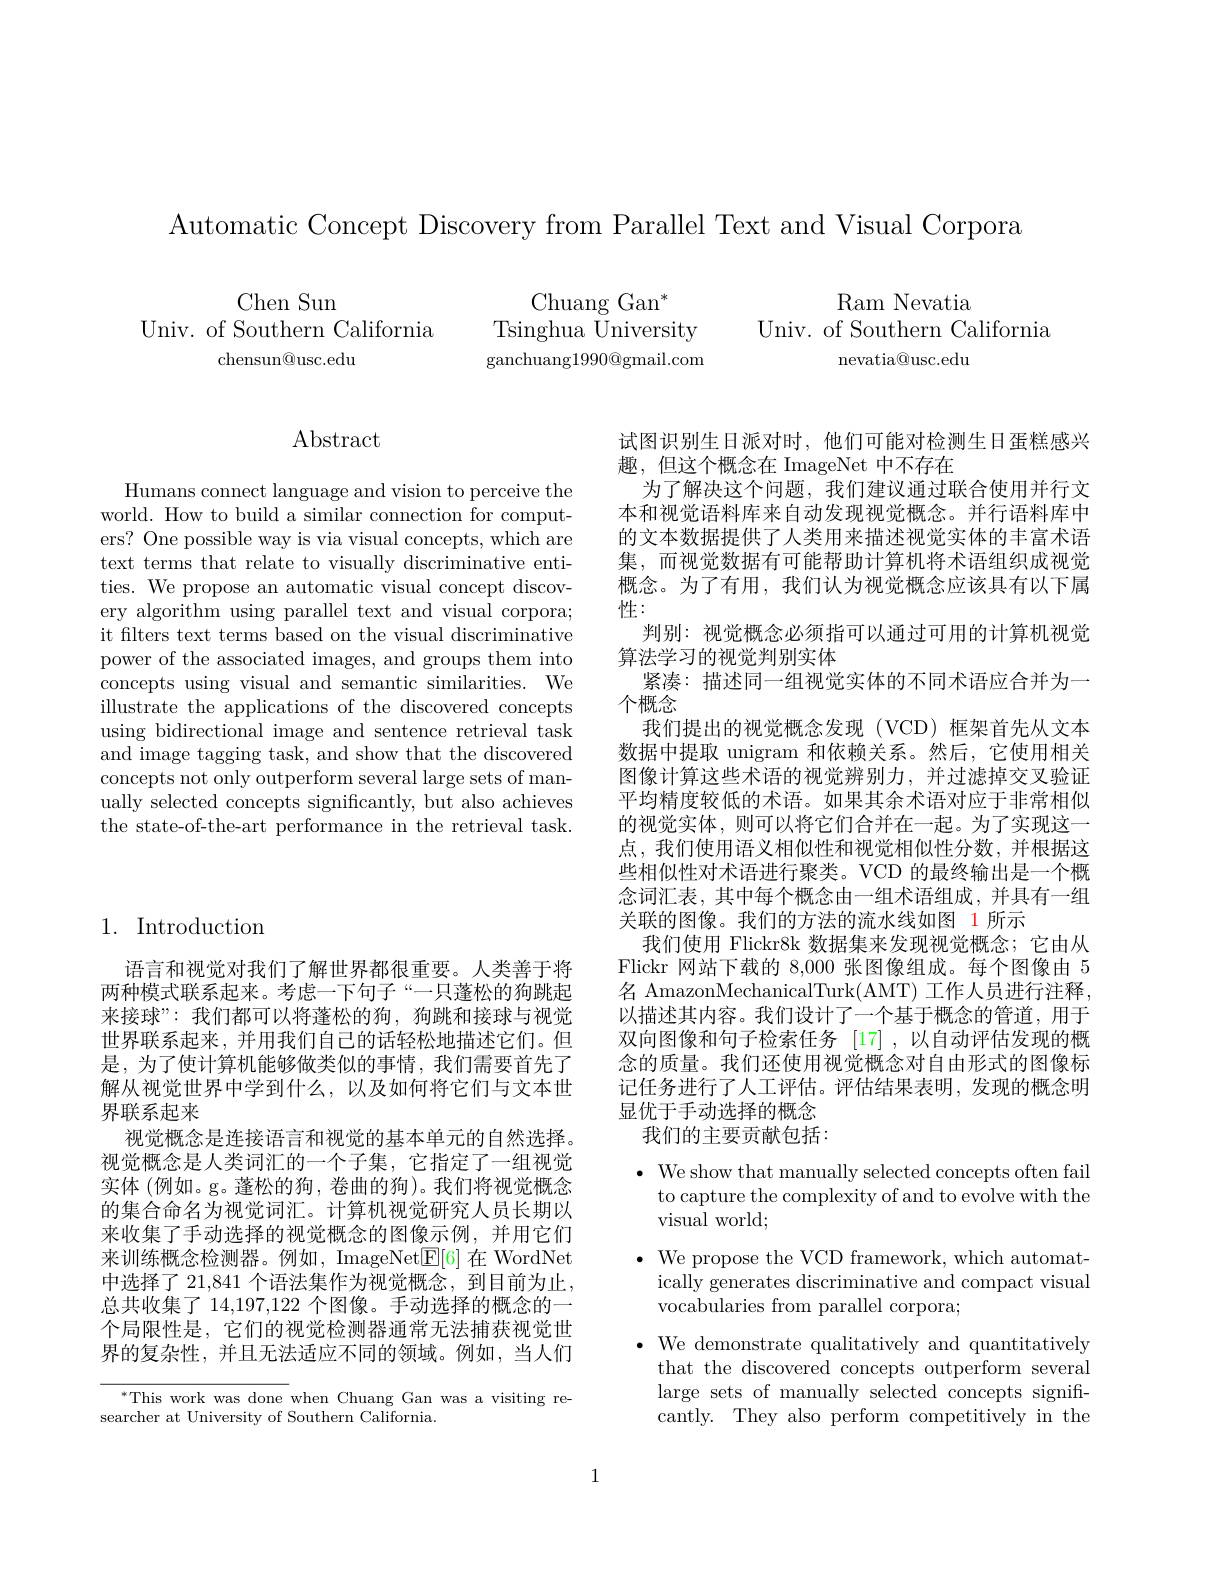
Automatic Concept Discovery from Parallel Text and Visual Corpora

Chen Sun
Univ. of Southern California
chensun@usc.edu

Chuang Gan$^*$
Tsinghua University ${\mathrm{ganchuang1990@gmail.com}}$

Ram Nevatia
Univ. of Southern California
nevatia@usc.edu

## $\operatorname{Abstract}$

Humans connect language and vision to perceive the world. How to build a similar connection for computers? One possible way is via visual concepts, which are text terms that relate to visually discriminative entities. We propose an automatic visual concept discovery algorithm using parallel text and visual corpora; it filters text terms based on the visual discriminative power of the associated images, and groups them into concepts using visual and semantic similarities. We illustrate the applications of the discovered concepts using bidirectional image and sentence retrieval task and image tagging task, and show that the discovered concepts not only outperform several large sets of manually selected concepts significantly, but also achieves the state-of-the-art performance in the retrieval task.

# 1. Introduction

语言和视觉对我们了解世界都很重要。人类善于将两种模式联系起来。考虑一下句子“一只蓬松的狗跳起来接球”:我们都可以将蓬松的狗，狗跳和接球与视觉世界联系起来，并用我们自己的话轻松地描述它们。但是，为了使计算机能够做类似的事情，我们需要首先了解从视觉世界中学到什么，以及如何将它们与文本世界联系起来
视觉概念是连接语言和视觉的基本单元的自然选择。视觉概念是人类词汇的一个子集，它指定了一组视觉实体 (例如。g。蓬松的狗，卷曲的狗)。我们将视觉概念的集合命名为视觉词汇。计算机视觉研究人员长期以来收集了手动选择的视觉概念的图像示例，并用它们来训练概念检测器。例如，ImageNet$\underline{\mathrm{E}}[6]$在 WordNet 中选择了 21,841 个语法集作为视觉概念，到目前为止， 总共收集了 14,197,122 个图像。手动选择的概念的一个局限性是，它们的视觉检测器通常无法捕获视觉世界的复杂性，并且无法适应不同的领域。例如，当人们

$^{*}$This work was done when Chuang Gan was a visiting re-
searcher at University of Southern California.

试图识别生日派对时，他们可能对检测生日蛋糕感兴
趣，但这个概念在 ImageNet 中不存在
为了解决这个问题，我们建议通过联合使用并行文本和视觉语料库来自动发现视觉概念。并行语料库中的文本数据提供了人类用来描述视觉实体的丰富术语集，而视觉数据有可能帮助计算机将术语组织成视觉概念。为了有用，我们认为视觉概念应该具有以下属性：
判别：视觉概念必须指可以通过可用的计算机视觉
算法学习的视觉判别实体
紧凑：描述同一组视觉实体的不同术语应合并为一
个概念
我们提出的视觉概念发现(VCD)框架首先从文本数据中提取 unigram 和依赖关系。然后，它使用相关图像计算这些术语的视觉辨别力，并过滤掉交叉验证平均精度较低的术语。如果其余术语对应于非常相似的视觉实体，则可以将它们合并在一起。为了实现这一点，我们使用语义相似性和视觉相似性分数，并根据这些相似性对术语进行聚类。VCD 的最终输出是一个概念词汇表，其中每个概念由一组术语组成，并具有一组关联的图像。我们的方法的流水线如图 1 所示
我们使用 Flickr8k 数据集来发现视觉概念；它由从Flickr 网站下载的 8,000 张图像组成。每个图像由 5名 AmazonMechanicalTurk(AMT) 工作人员进行注释， 以描述其内容。我们设计了一个基于概念的管道，用于双向图像和句子检索任务 [17],以自动评估发现的概念的质量。我们还使用视觉概念对自由形式的图像标记任务进行了人工评估。评估结果表明，发现的概念明显优于手动选择的概念
我们的主要贡献包括：

$\bullet$ We show that manually selected concepts often fail

to capture the complexity of and to evolve with the

visual world;

$\bullet$ We propose the VCD framework, which automat-

ically generates discriminative and compact visual

vocabularies from parallel corpora;

$\bullet$ We demonstrate qualitatively and quantitatively

that the discovered concepts outperform several

large sets of manually selected concepts signifi-

cantly. They also perform competitively in the

1